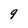
Character: 9